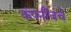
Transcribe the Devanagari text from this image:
कंपनीजचे